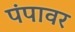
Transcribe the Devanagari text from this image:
पंपावर